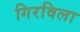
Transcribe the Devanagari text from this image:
गिरविला